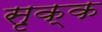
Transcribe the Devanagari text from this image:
सृक्क